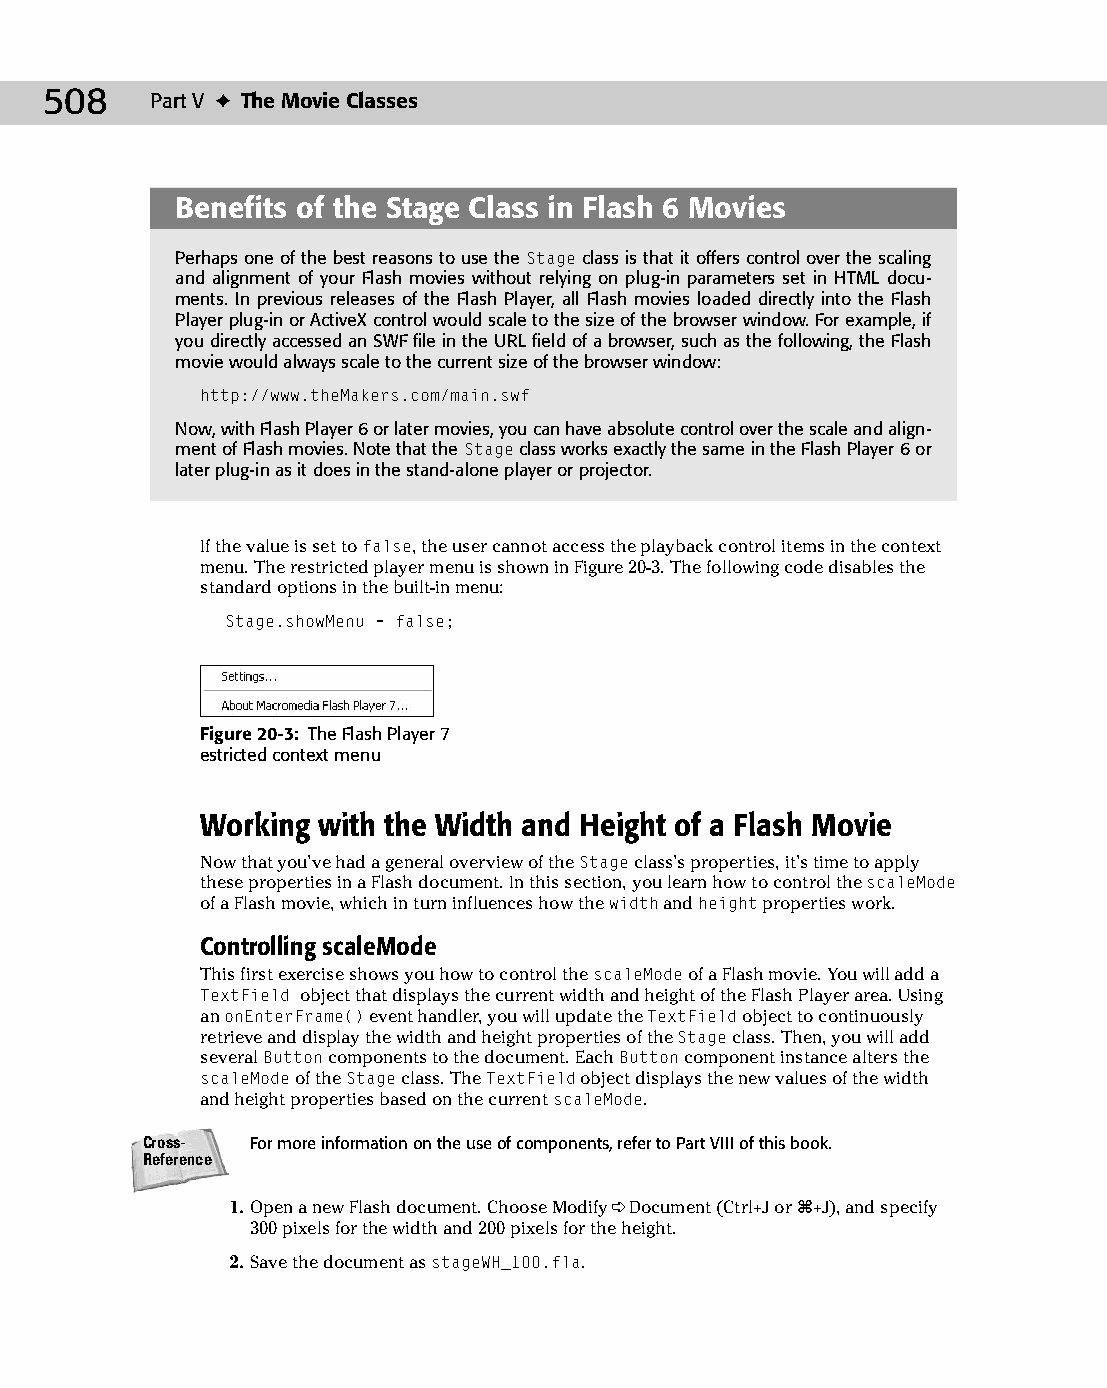
26 543547 ch20.qxd 3/24/04 4:10 PM Page 508
 508    Part V ✦ The Movie Classes
 Benefits of the Stage Class in Flash 6 Movies
 Perhaps one of the best reasons to use the Stage class is that it offers control over the scaling
 and alignment of your Flash movies without relying on plug-in parameters set in HTML docu­
 ments. In previous releases of the Flash Player, all Flash movies loaded directly into the Flash
 Player plug-in or ActiveX control would scale to the size of the browser window. For example, if
 you directly accessed an SWF file in the URL field of a browser, such as the following, the Flash
 movie would always scale to the current size of the browser window:
 http://www.theMakers.com/main.swf
 Now, with Flash Player 6 or later movies, you can have absolute control over the scale and align­
 ment of Flash movies. Note that the Stage class works exactly the same in the Flash Player 6 or
 later plug-in as it does in the stand-alone player or projector.
 If the value is set to false, the user cannot access the playback control items in the context
 menu. The restricted player menu is shown in Figure 20-3. The following code disables the
 standard options in the built-in menu:
 Stage.showMenu = false;
 Figure 20-3: The Flash Player 7
 estricted context menu
 Working with the Width and Height of a Flash Movie
 Now that you’ve had a general overview of the Stage class’s properties, it’s time to apply
 these properties in a Flash document. In this section, you learn how to control the scaleMode
 of a Flash movie, which in turn influences how the width and height properties work.
 Controlling scaleMode
 This first exercise shows you how to control the scaleMode of a Flash movie. You will add a
 TextField object that displays the current width and height of the Flash Player area. Using
 an onEnterFrame() event handler, you will update the TextField object to continuously
 retrieve and display the width and height properties of the Stage class. Then, you will add
 several Button components to the document. Each Button component instance alters the
 scaleMode of the Stage class. The TextField object displays the new values of the width
 and height properties based on the current scaleMode.
 Cross-  For more information on the use of components, refer to Part VIII of this book.
 Reference
 1. Open a new Flash document. Choose Modify ➪ Document (Ctrl+J or Ô+J), and specify
 300 pixels for the width and 200 pixels for the height.
 2. Save the document as stageWH_100.fla.